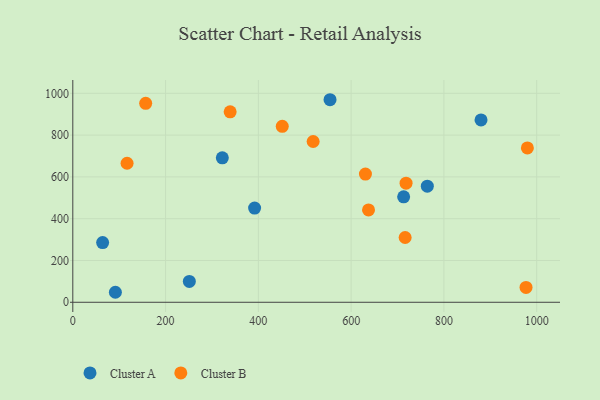
{"axis": {"x": "Engine Size", "y": "Profit"}, "legend": ["Cluster A", "Cluster B"], "data": [{"x": "391.9", "y": 450.6, "type": "Cluster A"}, {"x": "764.2", "y": 555.8, "type": "Cluster A"}, {"x": "64.3", "y": 285.9, "type": "Cluster A"}, {"x": "880.0", "y": 872.7, "type": "Cluster A"}, {"x": "251.2", "y": 100.0, "type": "Cluster A"}, {"x": "554.5", "y": 969.3, "type": "Cluster A"}, {"x": "322.3", "y": 691.4, "type": "Cluster A"}, {"x": "713.2", "y": 504.5, "type": "Cluster A"}, {"x": "91.8", "y": 47.9, "type": "Cluster A"}, {"x": "157.1", "y": 952.3, "type": "Cluster B"}, {"x": "716.4", "y": 310.0, "type": "Cluster B"}, {"x": "630.8", "y": 613.4, "type": "Cluster B"}, {"x": "977.0", "y": 71.3, "type": "Cluster B"}, {"x": "637.5", "y": 442.1, "type": "Cluster B"}, {"x": "979.9", "y": 738.7, "type": "Cluster B"}, {"x": "518.1", "y": 769.5, "type": "Cluster B"}, {"x": "117.0", "y": 665.3, "type": "Cluster B"}, {"x": "718.4", "y": 569.9, "type": "Cluster B"}, {"x": "451.5", "y": 842.0, "type": "Cluster B"}, {"x": "339.2", "y": 911.6, "type": "Cluster B"}]}